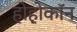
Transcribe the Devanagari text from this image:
होहोकॉन